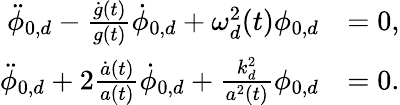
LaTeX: \begin{array}{rl}{\ddot{\phi}_{0,d}-\frac{\dot{g}(t)}{g(t)}\dot{\phi}_{0,d}+\omega_{d}^{2}(t)\phi_{0,d}}&{=0,}\\ {\ddot{\phi}_{0,d}+2\frac{\dot{a}(t)}{a(t)}\dot{\phi}_{0,d}+\frac{k_{d}^{2}}{a^{2}(t)}\phi_{0,d}}&{=0.}\end{array}